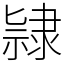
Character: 𨽻